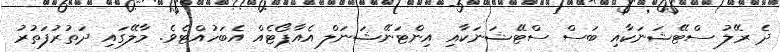
ދެ ރޭލު ސްޓޭޝަނަކާއި ބަސް ސްޓޭޝަނަކާއި އިންޓަނޭޝަނަލް އެއާޕޯޓެއް އެބަހުއްޓެވެ. މާލޭގައި ދަތުރުފަތުރު